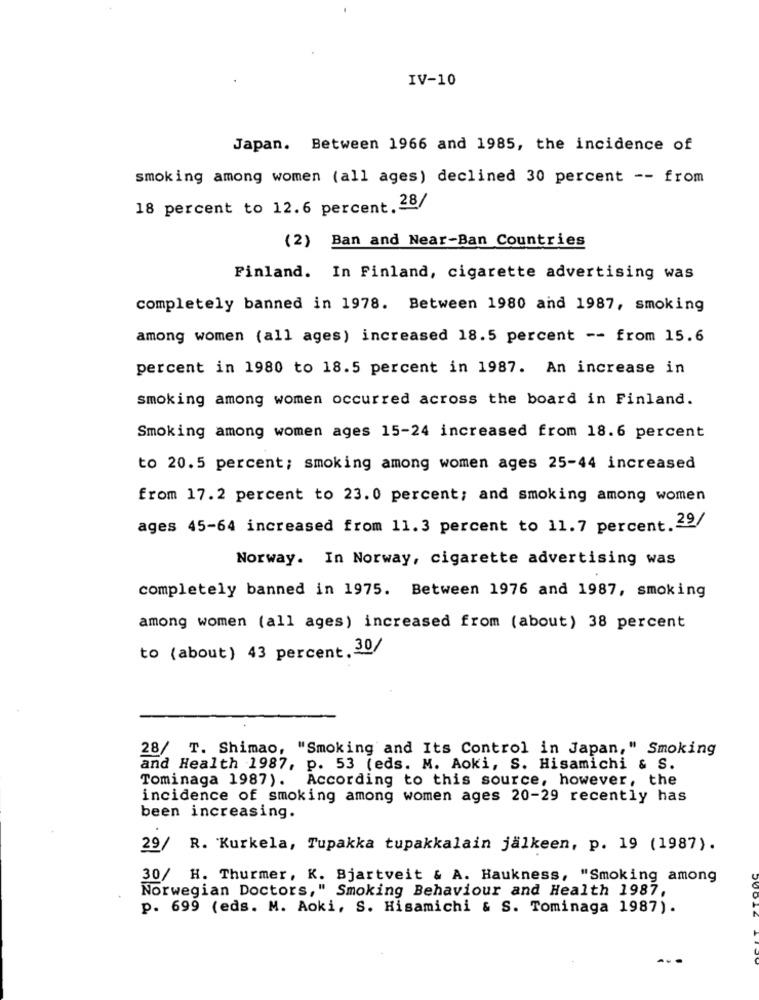
IV-10
Japan. Between 1966 and 1985, the incidence of
smoking among women (all ages) declined 30 percent -- from
18 percent to 12.6 percent. 28/
(2) Ban and Near-Ban Countries
Finland. In Finland, cigarette advertising was
completely banned in 1978. Between 1980 and 1987, smoking
among women (all ages) increased 18.5 percent -- from 15.6
percent in 1980 to 18.5 percent in 1987. An increase in
smoking among women occurred across the board in Finland.
Smoking among women ages 15-24 increased from 18.6 percent
to 20.5 percent; smoking among women ages 25-44 increased
from 17.2 percent to 23.0 percent; and smoking among women
ages 45-64 increased from 11.3 percent to 11.7 percent.29/
Norway. In Norway, cigarette advertising was
completely banned in 1975. Between 1976 and 1987, smoking
among women (all ages) increased from (about) 38 percent
to (about) 43 percent. 30/
28/ T. Shimao, "Smoking and Its Control in Japan," Smoking
and Health 1987, p. 53 (eds. M. Aoki, S. Hisamichi & S.
Tominaga 1987). According to this source, however, the
incidence of smoking among women ages 20-29 recently has
been increasing.
29/ R. Kurkela, Tupakka tupakkalain jälkeen, p. 19 (1987).
30/ H. Thurmer, K. Bjartveit & A. Haukness, "Smoking among
Norwegian Doctors," Smoking Behaviour and Health 1987,
p. 699 (eds. M. Aoki, S. Hisamichi & S. Tominaga 1987).